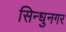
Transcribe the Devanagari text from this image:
सिन्धुनगर